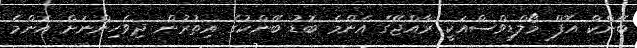
ބޭންކް އޮފް މޯލްޑިވްސްއަކީ ރާއްޖޭގެ އެންމެ ބޮޑު ބޭންކުގެ އިތުރުން ދިވެހިންނަށް އެންމެ